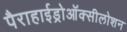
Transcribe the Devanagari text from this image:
पैराहाईड्रोऑक्सीलोशन